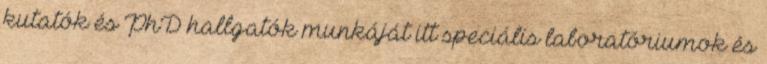
kutatók és PhD hallgatók munkáját itt speciális laboratóriumok és